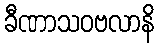
ခီဏာသဝဗလာနိ